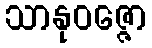
သာနုဝဇ္ဇော